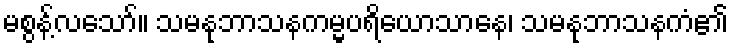
မစွန့်လသော်။ သမနုဘာသနကမ္မပရိယောသာနေ၊ သမနုဘာသနကံ၏